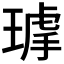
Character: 𤨇